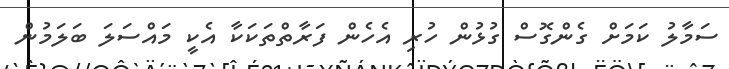
ސަމާލު ކަމަށް ގެންގޮސް ގުޅުން ހުރި އެހެން ފަރާތްތަކަކާ އެކީ މައްސަލަ ބަލަމުން